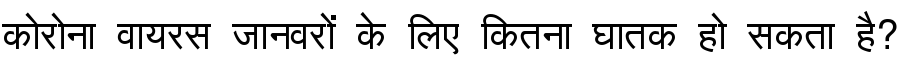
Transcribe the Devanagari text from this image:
कोरोना वायरस जानवरों के लिए कितना घातक हो सकता है?